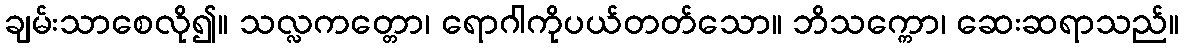
ချမ်းသာစေလို၍။ သလ္လကတ္တော၊ ရောဂါကိုပယ်တတ်သော။ ဘိသက္ကော၊ ဆေးဆရာသည်။